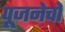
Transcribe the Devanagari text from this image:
पूजनेचो